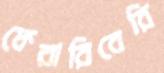
ফেরারিবেরি